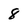
Character: 8